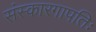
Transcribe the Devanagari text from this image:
संस्कारगापतिः